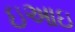
ઇઆઇ